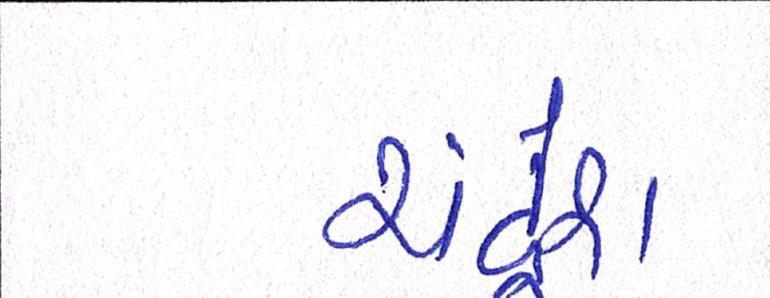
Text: ચંદ્રેશ